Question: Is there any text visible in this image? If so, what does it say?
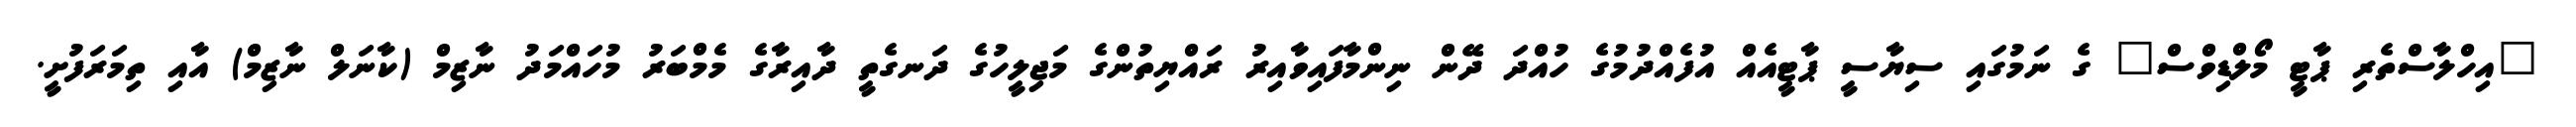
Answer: "އިހްލާސްތެރި ޕާޓީ މޯލްޑިވްސް" ގެ ނަމުގައި ސިޔާސީ ޕާޓީއެއް އުފެއްދުމުގެ ހުއްދަ ދޭން ނިންމާފައިވާއިރު ރައްޔިތުންގެ މަޖިލީހުގެ ދަނގެތީ ދާއިރާގެ މެމްބަރު މުހައްމަދު ނާޒިމް (ކާނަލް ނާޒިމް) އާއި ތިމަރަފުށީ.